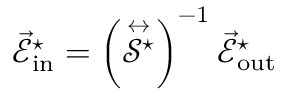
\vec { \mathcal { E } } _ { \mathrm { { i n } } } ^ { \star } = \left( \stackrel { \leftrightarrow } { \mathcal { S } ^ { \star } } \right) ^ { - 1 } \vec { \mathcal { E } } _ { \mathrm { { o u t } } } ^ { \star }